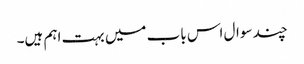
چند سوال اس باب میں بہت اہم ہیں۔